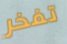
تفخر